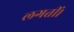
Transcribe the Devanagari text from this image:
लगतीं।